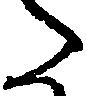
た